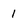
Character: 1